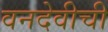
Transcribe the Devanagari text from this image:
वनदेवीची